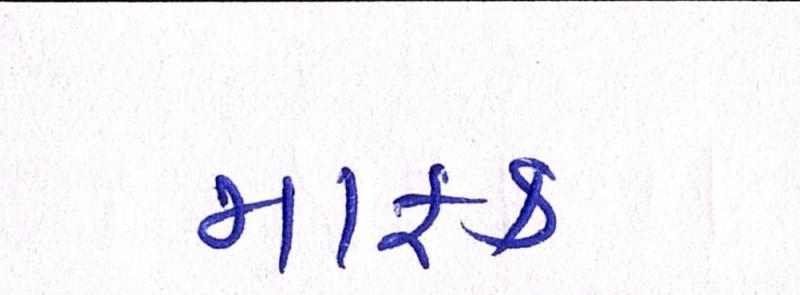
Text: માફક